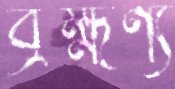
ব্রহ্মণ্য